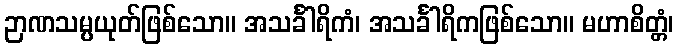
ဉာဏသမ္ပယုတ်ဖြစ်သော။ အသင်္ခါရိကံ၊ အသင်္ခါရိကဖြစ်သော။ မဟာစိတ္တံ၊